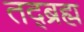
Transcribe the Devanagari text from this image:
तद्ब्रह्म